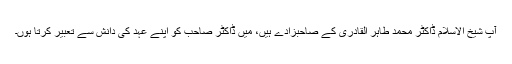
آپ شیخ الاسلام ڈاکٹر محمد طاہر القادری کے صاحبزادے ہیں، میں ڈاکٹر صاحب کو اپنے عہد کی دانش سے تعبیر کرتا ہوں۔